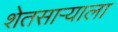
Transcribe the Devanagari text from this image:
शेतसाऱ्याला